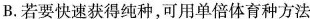
B.若要快速获得纯种，可用单倍体育种方法